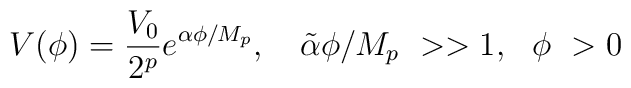
V(\phi)={V_0 \over 2^p} e^{{\alpha}\phi/M_p},~~~\tilde{\alpha}\phi/M_p~>>1,~~\phi~>0